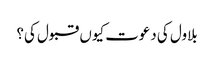
بلاول کی دعوت کیوں قبول کی؟